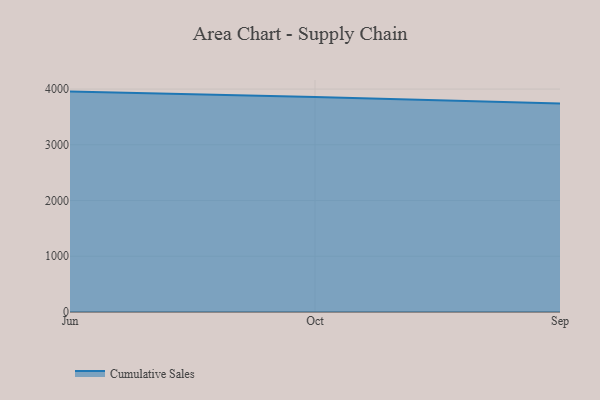
{"axis": {"x": "Month", "y": "Active Users"}, "legend": ["Cumulative Sales"], "data": [{"x": "Jun", "y": 3954.6, "type": "Cumulative Sales"}, {"x": "Oct", "y": 3857.4, "type": "Cumulative Sales"}, {"x": "Sep", "y": 3742.5, "type": "Cumulative Sales"}]}